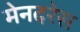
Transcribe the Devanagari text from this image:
मेनदरेस